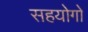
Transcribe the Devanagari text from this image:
सहयोगो